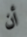
أن